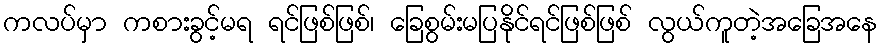
ကလပ်မှာ ကစားခွင့်မရ ရင်ဖြစ်ဖြစ်၊ ခြေစွမ်းမပြနိုင်ရင်ဖြစ်ဖြစ် လွယ်ကူတဲ့အခြေအနေ